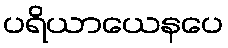
ပရိယာယေနပေ